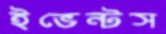
ইভেন্টস